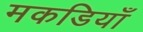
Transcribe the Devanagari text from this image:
मकडियाँ